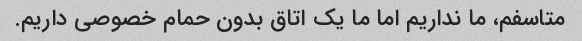
متاسفم، ما نداریم اما ما یک اتاق بدون حمام خصوصی داریم.